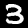
Label: 3